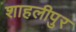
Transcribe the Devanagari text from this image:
शाहलीपुर